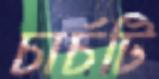
চার্চটি